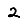
Digit: 2